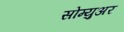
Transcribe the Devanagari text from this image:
सोम्युअर